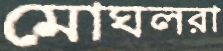
মোঘলরা